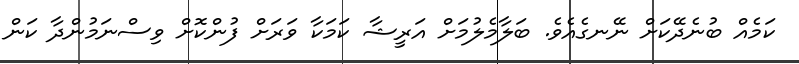
ކަމެއް ބުނެދޭކަށް ނޭނގެއެވެ. ބަލާމެލުމަށް އަރީޝާ ކަމަކާ ވަރަށް ފުންކޮށް ވިސްނަމުންދާ ކަން